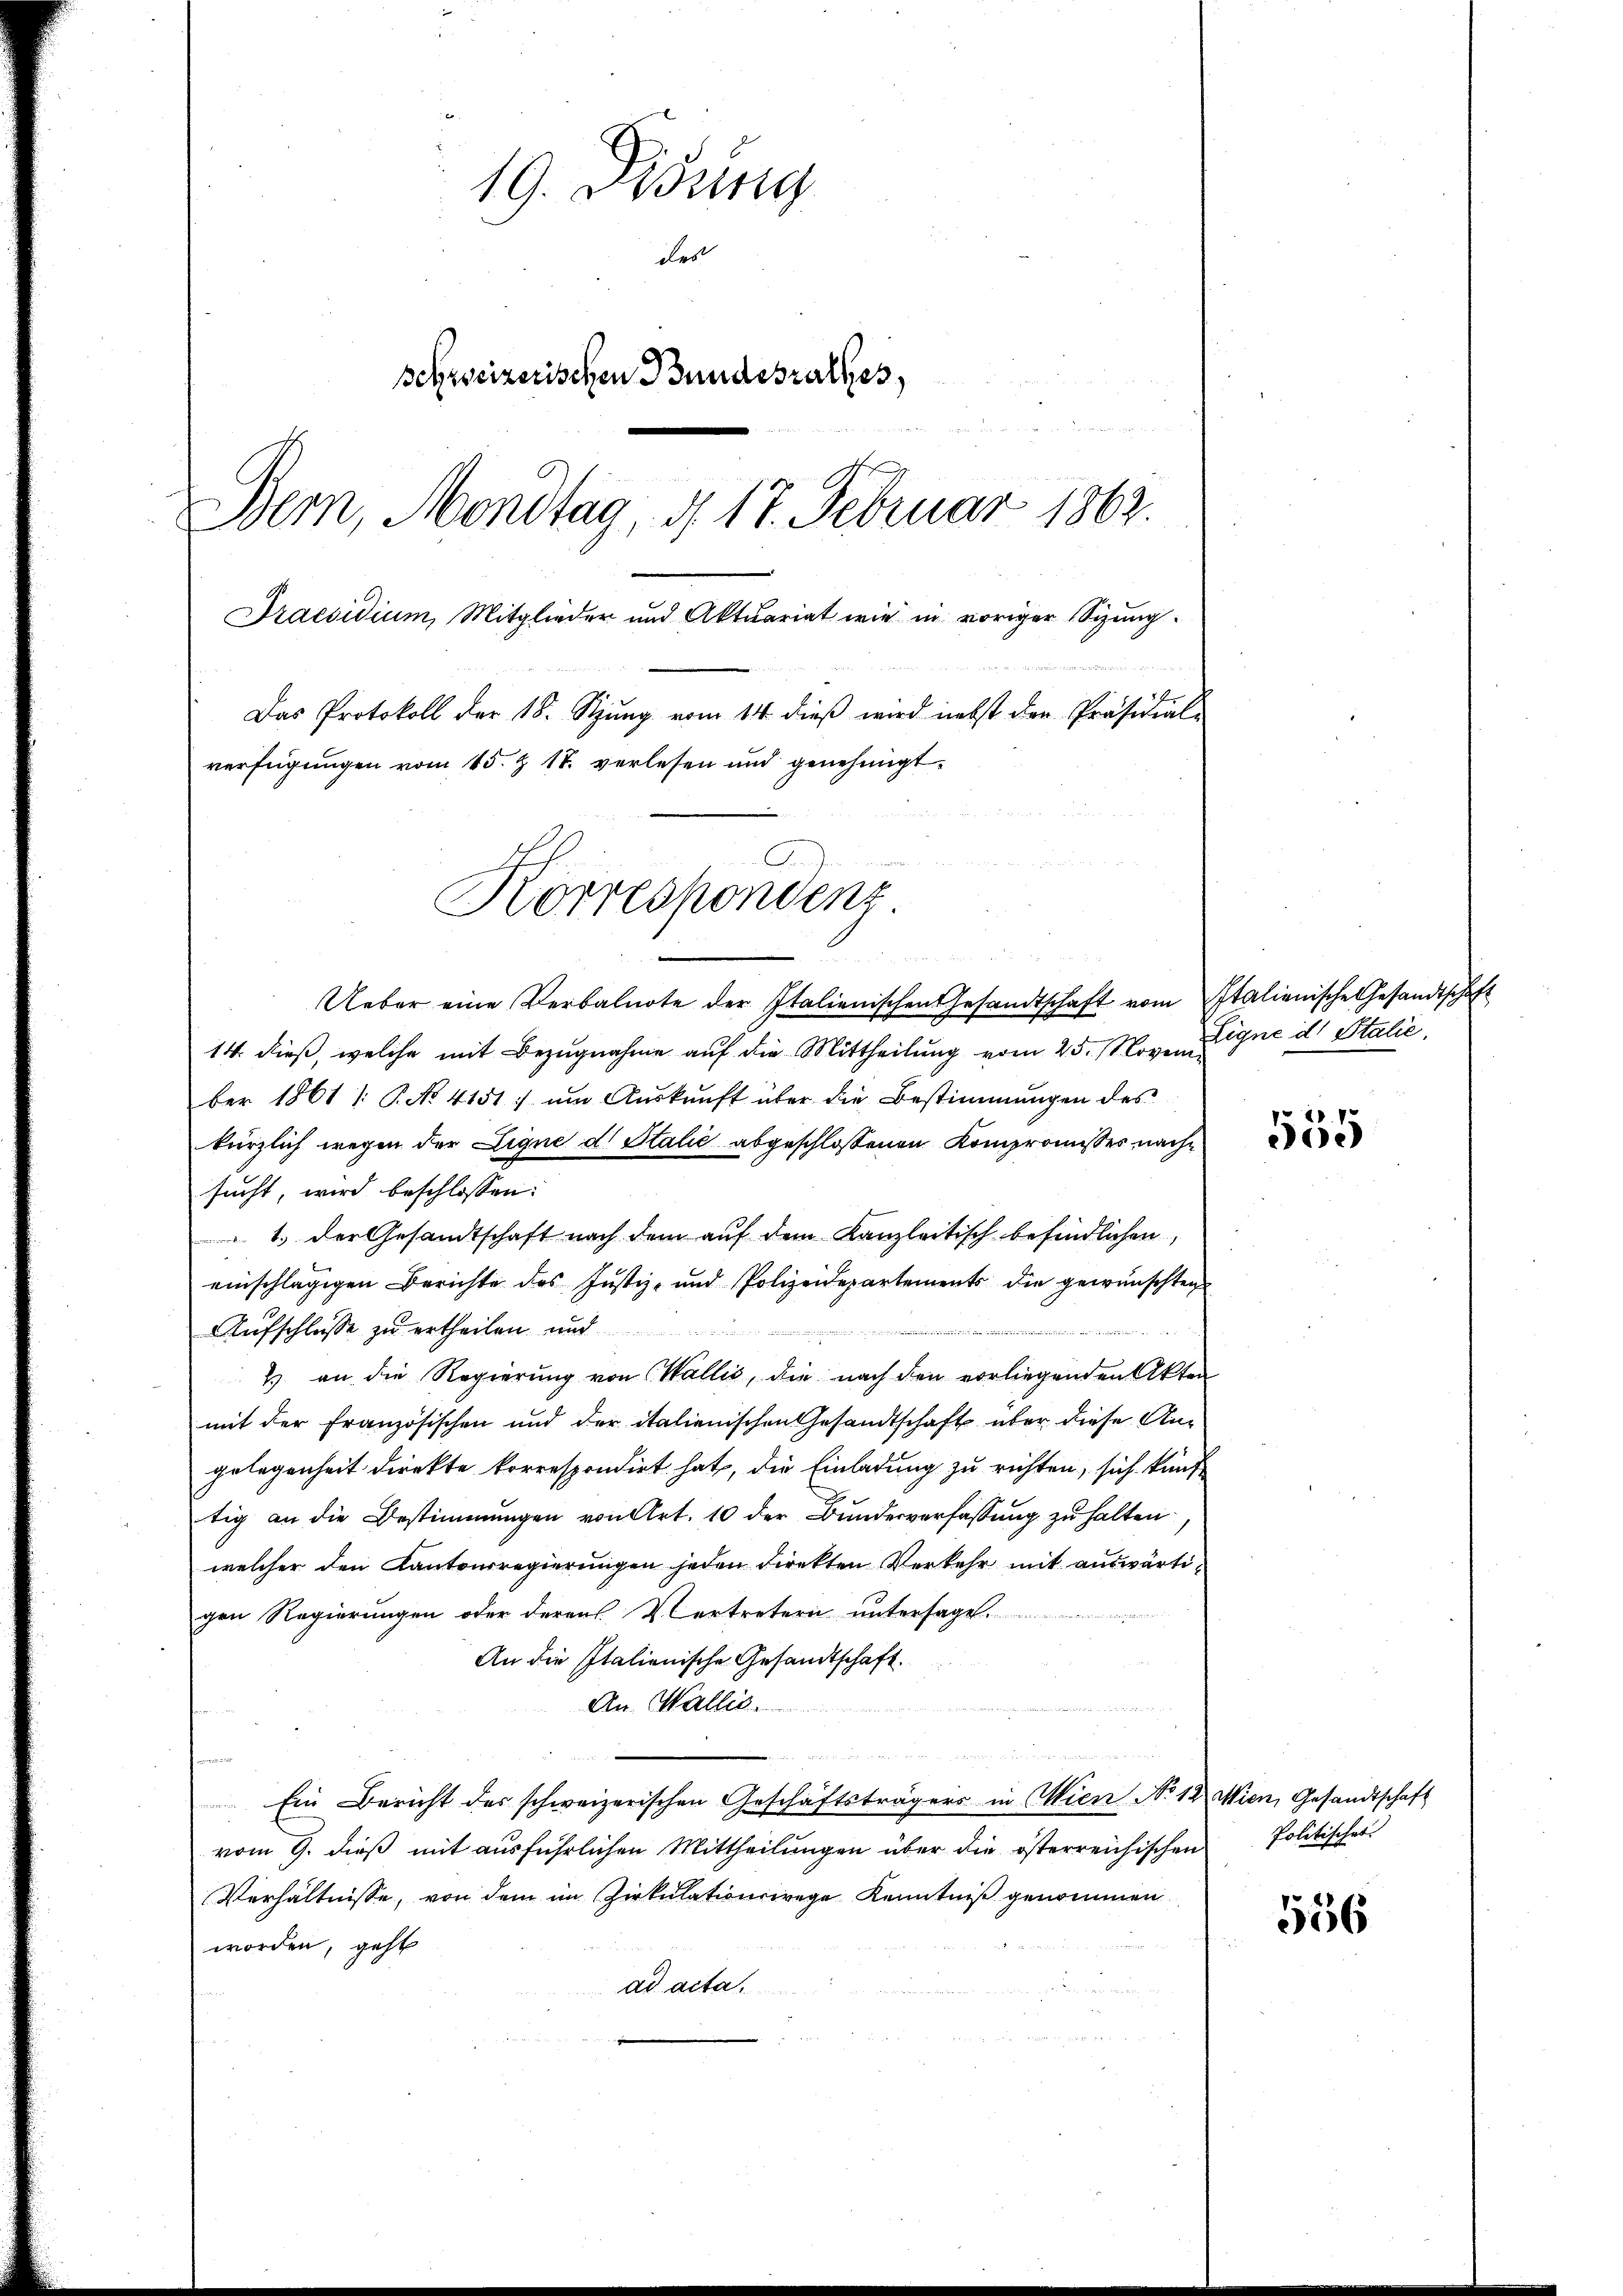
19. Disung
des
schweizerischen Bundesrathes,
Bern, Mondtag d. 17. Februar 1862.
Praesidium, Mitglieder und Aktuariat wie in voriger Sizung.
Das Protokoll der 18. Szung vom 14. dieß wird nebst der Präsidial-
verfügungen vom 15. & 18. verlesen und genehmigt.

Korrespondenz

Ueber eine Verbalnote der Italienischen Gesandtschaft vom Italienische Gesandtschaft
14. dieß, welche mit Bezugnahme auf die Mittheilung vom 25. Noveniber 1861 /: P. No 4151; um Auskunft über die Bestimmungen des
kürzlich wegen der Ligne d. Stalić abgeschlossenen Kompromisses nachsucht, wird beschlossen:
1. der Gesandtschaft nach dem auf dem Kanzleitisch befindlichen,
einschlägigen Berichte des Justiz- und Polizeidepartements die gewünschten
Aufschlusse zu ertheilen und
2) an die Regierung von Wallis, die nach den vorliegenden Akten
mit der Französischen und der italienischen Gesandtschaft über diese Angelegenheit direkte korrespondirt hat, die Einladung zu richten, sich künft
tig an die Bestimmungen von Art. 10 der Bundesverfassung zu halten.
welcher den Kantonsregierungen jeden direkten Verkehr mit auswärtigen Regierungen oder derens Vertretern untersage.
An die Italienische Gesandtschaft.
An Wallis.
de
u
Ein Bericht des schweizerischen Geschäftsträgers in Wien No 12 Wien, Gesandtschaft
vom 9. dieß mit ausführlichen Mittheilungen über die österreichischen
Verhältnisse, von dem im Zirkulationswege Kenntniß genommen
worden, geht
ad acta.

Eigne d. Stalie

555

Politisches

556